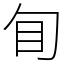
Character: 䀏